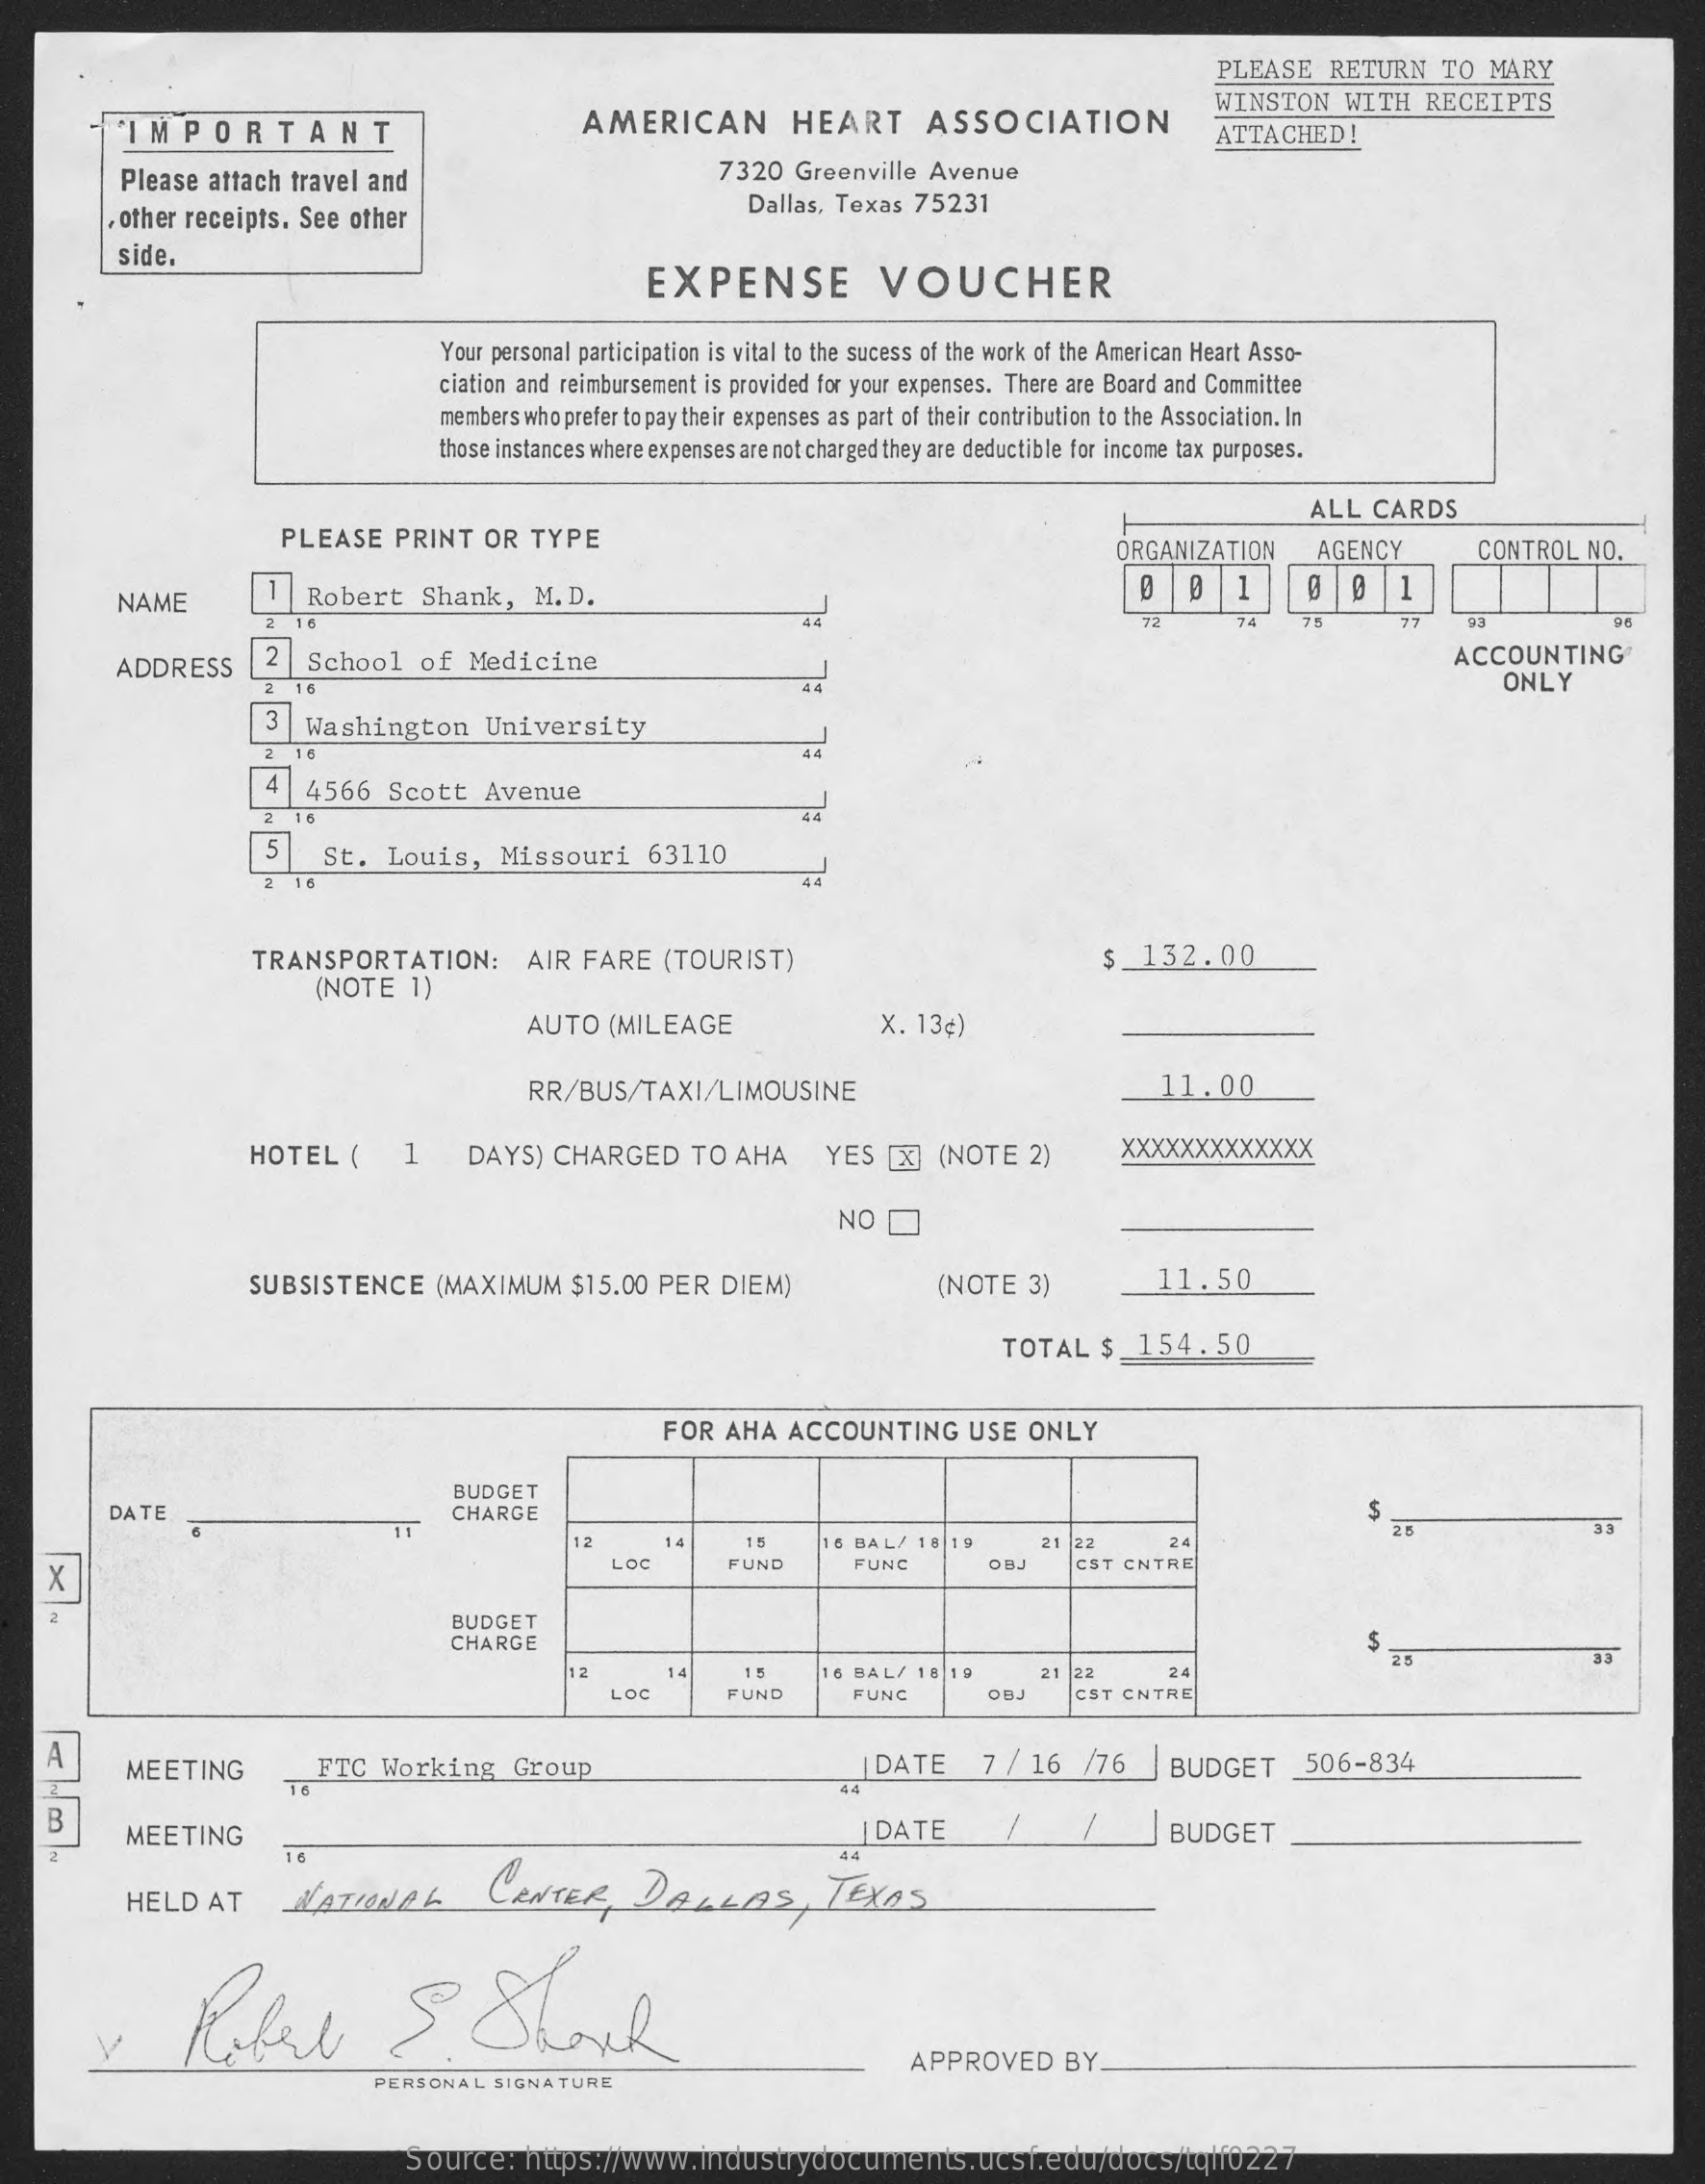
PLEASE    RETURN    TO   MARY
     IMPORTANT    AMERICAN    HEART    ASSOCIATION
     WINSTON    WITH    RECEIPTS
     ATTACHED!
     Please  attach travel and    7320  Greenville  Avenue
     , other receipts. See other
     Dallas, Texas  75231
     side.
     EXPENSE    VOUCHER
     Your personal participation is vital to the sucess of the work of the American Heart Asso-
     ciation and reimbursement is provided for your expenses. There are Board and Committee
     members who prefer to pay their expenses as part of their contribution to the Association. In
     those instances where expenses are not charged they are deductible for income tax purposes.
     PLEASE   PRINT   OR   TYPE
     ALL   CARDS
     ORGANIZATION    AGENCY    CONTROL  NO.
     NAME    Robert    Shank,    M. D.    1    1
     72    74    77    93    96
     ADDRESS    2   School    of  Medicine    ACCOUNTING
     16    ONLY
     3   Washington    University
     4  4566    Scott   Avenue
     5    St.   Louis,    Missouri    63110
     2 16
     TRANSPORTATION:    AIR  FARE   (TOURIST)    $_132.00
     (NOTE    1)
     AUTO   (MILEAGE    X. 13¢)
     RR/BUS/TAXI/LIMOUSINE    11.00
     HOTEL    (    1    DAYS)  CHARGED    TO  AHA    YES  [X]  (NOTE   2)    XXXXXXXXXXXXX
     NO
     SUBSISTENCE    (MAXIMUM    $15.00  PER  DIEM)    (NOTE   3)    11.50
     TOTAL   $   154.50
     FOR  AHA  ACCOUNTING    USE  ONLY
     DATE
     BUDGET
     11
     CHARGE
     33
     12    16 BAL/ 18|19    21 22    24
    x
     Loc    FUND    FUNC    CST CNTRE
     BUDGET
     CHARGE
     12    14    16 BAL/ 18 19    21 22    24
     LOC    UND    FUNC    OBJ    CST CNTRE
    A
     MEETING
     16
     FTC   Working    Group    | DATE    7 / 16   /76   |BUDGET    506-834
     44
    B
     MEETING    | DATE    BUDGET
     HELD   AT    NATIONAL    CENTER,    DALLAS    , TEXAS
     16    44
     V    Hotel    S.    Shark
     APPROVED    BY_
     PERSONAL  SIGNATURE
     Source:    https://www.industrydocuments.ucsf.edu/docs/tqlf0227